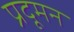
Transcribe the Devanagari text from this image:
प्रदूमन